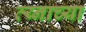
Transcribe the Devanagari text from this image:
त्य्नाच्या